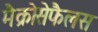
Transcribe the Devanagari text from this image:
मैक्रोसेफैलस